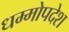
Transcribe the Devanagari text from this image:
धम्मोपदेश